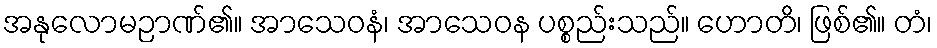
အနုလောမဉာဏ်၏။ အာသေဝနံ၊ အာသေဝန ပစ္စည်းသည်။ ဟောတိ၊ ဖြစ်၏။ တံ၊